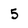
Character: 5